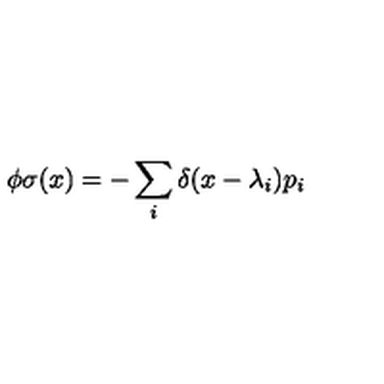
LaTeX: \phi \sigma ( x ) = - \sum _ { i } \delta ( x - \lambda _ { i } ) p _ { i }